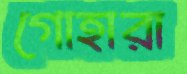
গোহারা